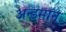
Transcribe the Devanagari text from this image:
अन्डमान